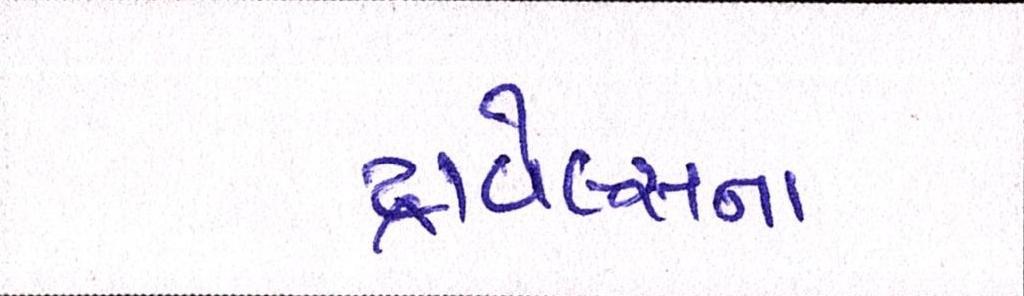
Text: ટ્રાવેલ્સના